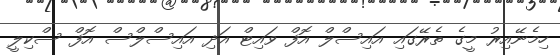
ހިމެނޭއިރު މީގެ ތެރޭގައި އައިސްލް އޮފް ވައިޓް އަދި އައިސްލްސް އޮފް ސްކިލީ